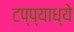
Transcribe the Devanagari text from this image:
टप्प्याध्ये